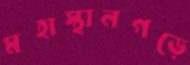
মহাস্থানগড়ে